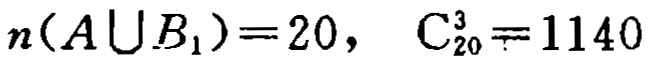
\(n(A\bigcup B_{1}) = 20, \ C_{20}^3=1140\)